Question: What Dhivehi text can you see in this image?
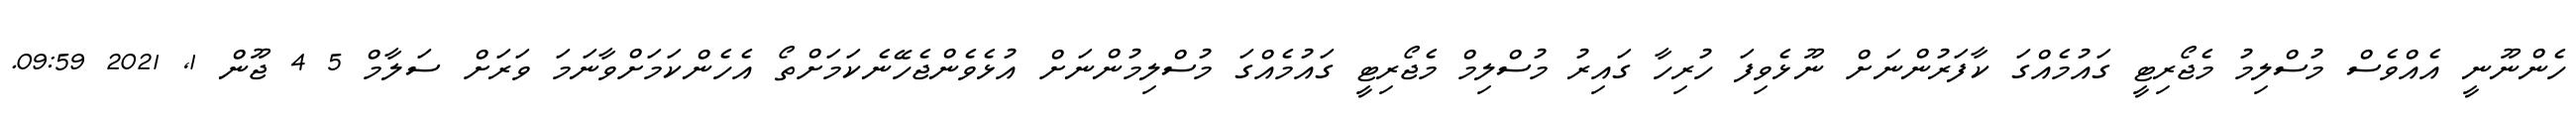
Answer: ހެންނޫނީ އެއްވެސް މުސްލިމު މެޖޯރިޓީ ގައުމެއްގަ ކާފަރުންނަށް ނޫޅެވިފަ ހުރިހާ ގައިރު މުސްލިމް މެޖޯރިޓީ ގައުމެއްގަ މުސްލިމުންނަށް އުޅެވެންޖެހޭނެކަމަށްތޯ އެހެންކަމަށްވާނަމަ ވަރަށް ސަލާމް 5 4 ޖޫން 1, 2021 09:59.